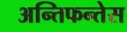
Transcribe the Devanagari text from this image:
अन्तिफन्तेस